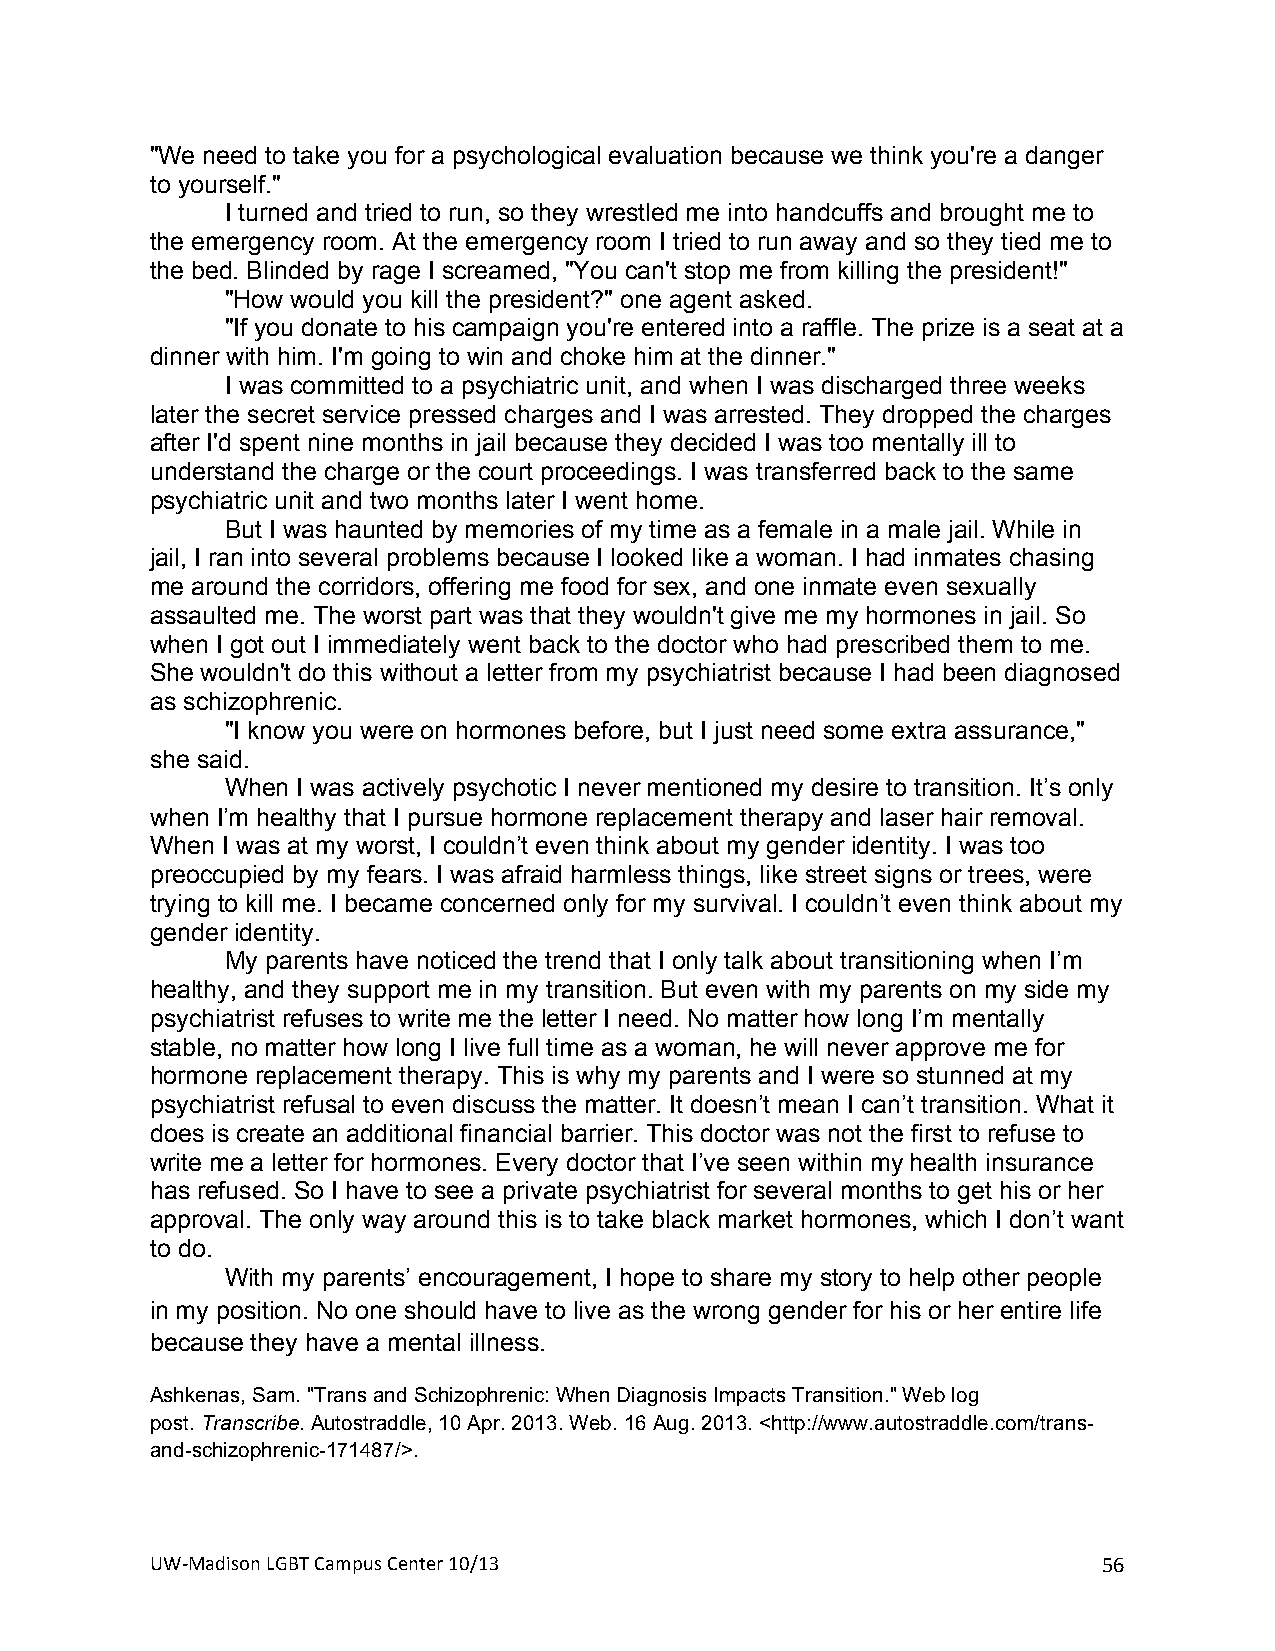
"We need to take you for a psychological evaluation because we think you're a danger
 to yourself."
 I turned and tried to run, so they wrestled me into handcuffs and brought me to
 the emergency room. At the emergency room I tried to run away and so they tied me to
 the bed. Blinded by rage I screamed, "You can't stop me from killing the president!"
 "How would you kill the president?" one agent asked.
 "If you donate to his campaign you're entered into a raffle. The prize is a seat at a
 dinner with him. I'm going to win and choke him at the dinner."
 I was committed to a psychiatric unit, and when I was discharged three weeks
 later the secret service pressed charges and I was arrested. They dropped the charges
 after I'd spent nine months in jail because they decided I was too mentally ill to
 understand the charge or the court proceedings. I was transferred back to the same
 psychiatric unit and two months later I went home.
 But I was haunted by memories of my time as a female in a male jail. While in
 jail, I ran into several problems because I looked like a woman. I had inmates chasing
 me around the corridors, offering me food for sex, and one inmate even sexually
 assaulted me. The worst part was that they wouldn't give me my hormones in jail. So
 when I got out I immediately went back to the doctor who had prescribed them to me.
 She wouldn't do this without a letter from my psychiatrist because I had been diagnosed
 as schizophrenic.
 "I know you were on hormones before, but I just need some extra assurance,"
 she said.
 When I was actively psychotic I never mentioned my desire to transition. It’s only
 when I’m healthy that I pursue hormone replacement therapy and laser hair removal.
 When I was at my worst, I couldn’t even think about my gender identity. I was too
 preoccupied by my fears. I was afraid harmless things, like street signs or trees, were
 trying to kill me. I became concerned only for my survival. I couldn’t even think about my
 gender identity.
 My parents have noticed the trend that I only talk about transitioning when I’m
 healthy, and they support me in my transition. But even with my parents on my side my
 psychiatrist refuses to write me the letter I need. No matter how long I’m mentally
 stable, no matter how long I live full time as a woman, he will never approve me for
 hormone replacement therapy. This is why my parents and I were so stunned at my
 psychiatrist refusal to even discuss the matter. It doesn’t mean I can’t transition. What it
 does is create an additional financial barrier. This doctor was not the first to refuse to
 write me a letter for hormones. Every doctor that I’ve seen within my health insurance
 has refused. So I have to see a private psychiatrist for several months to get his or her
 approval. The only way around this is to take black market hormones, which I don’t want
 to do.
 With my parents’ encouragement, I hope to share my story to help other people
 in my position. No one should have to live as the wrong gender for his or her entire life
 because they have a mental illness.
 Ashkenas, Sam. "Trans and Schizophrenic: When Diagnosis Impacts Transition." Web log
 post. Transcribe. Autostraddle, 10 Apr. 2013. Web. 16 Aug. 2013. <http://www.autostraddle.com/trans-
 and-schizophrenic-171487/>.
 UW#Madison+LGBT+Campus+Center+10/13+                           56+